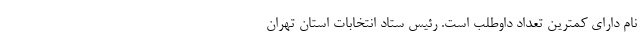
نام دارای کمترین تعداد داوطلب است. رئیس ستاد انتخابات استان تهران